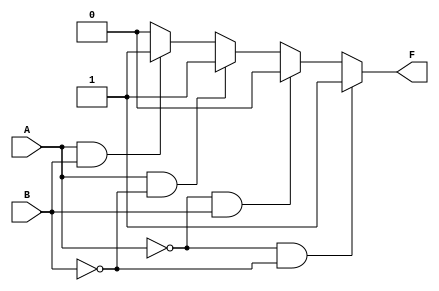
module kmap_two_variable (
    input wire A,  // Input A (1-bit)
    input wire B,  // Input B (1-bit)
    output wire F  // Output F (1-bit)
);

// Define the K-map minterm values
parameter m0 = 1; // F0 = 1
parameter m1 = 0; // F1 = 0
parameter m2 = 1; // F2 = 1
parameter m3 = 1; // F3 = 1

// Combinational logic to determine F based on A and B
assign F = (A == 0 && B == 0) ? m0 : // m0
           (A == 0 && B == 1) ? m1 : // m1
           (A == 1 && B == 0) ? m2 : // m2
           (A == 1 && B == 1) ? m3 : // m3
           0; // Default case (should not occur)

endmodule